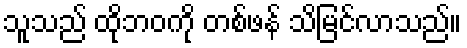
သူသည် ထိုဘဝကို တစ်ဖန် သိမြင်လာသည်။